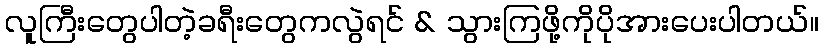
လူကြီးတွေပါတဲ့ခရီးတွေကလွဲရင် & သွားကြဖို့ကိုပိုအားပေးပါတယ်။